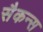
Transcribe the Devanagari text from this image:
सैकन्स